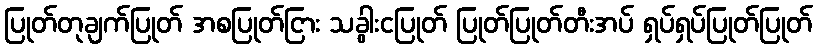
ပြုတ်တုချက်ပြုတ် အစပြုတ်ငြား သခွါးငပြုတ် ပြုတ်ပြုတ်တီးအပ် ရှပ်ရှပ်ပြုတ်ပြုတ်